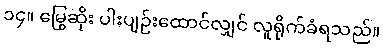
၁၄။ မြွေဆိုး ပါးပျဉ်းထောင်လျှင် လူရိုက်ခံရသည်။